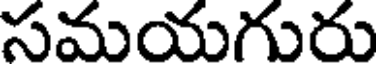
సమయగురు